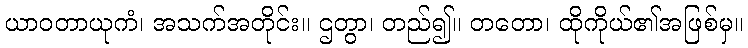
ယာဝတာယုကံ၊ အသက်အတိုင်း။ ဌတွာ၊ တည်၍။ တတော၊ ထိုကိုယ်၏အဖြစ်မှ။